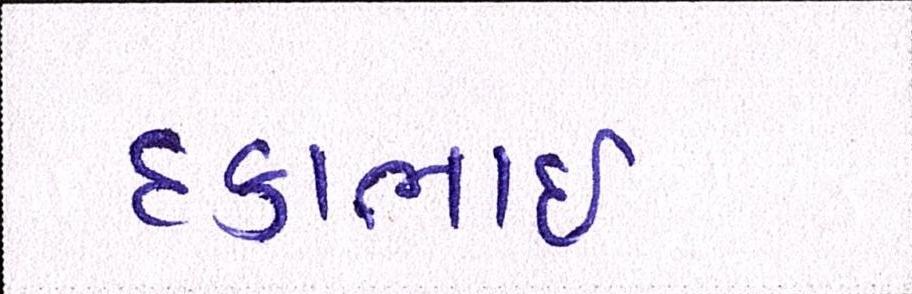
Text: દકાભાઈ